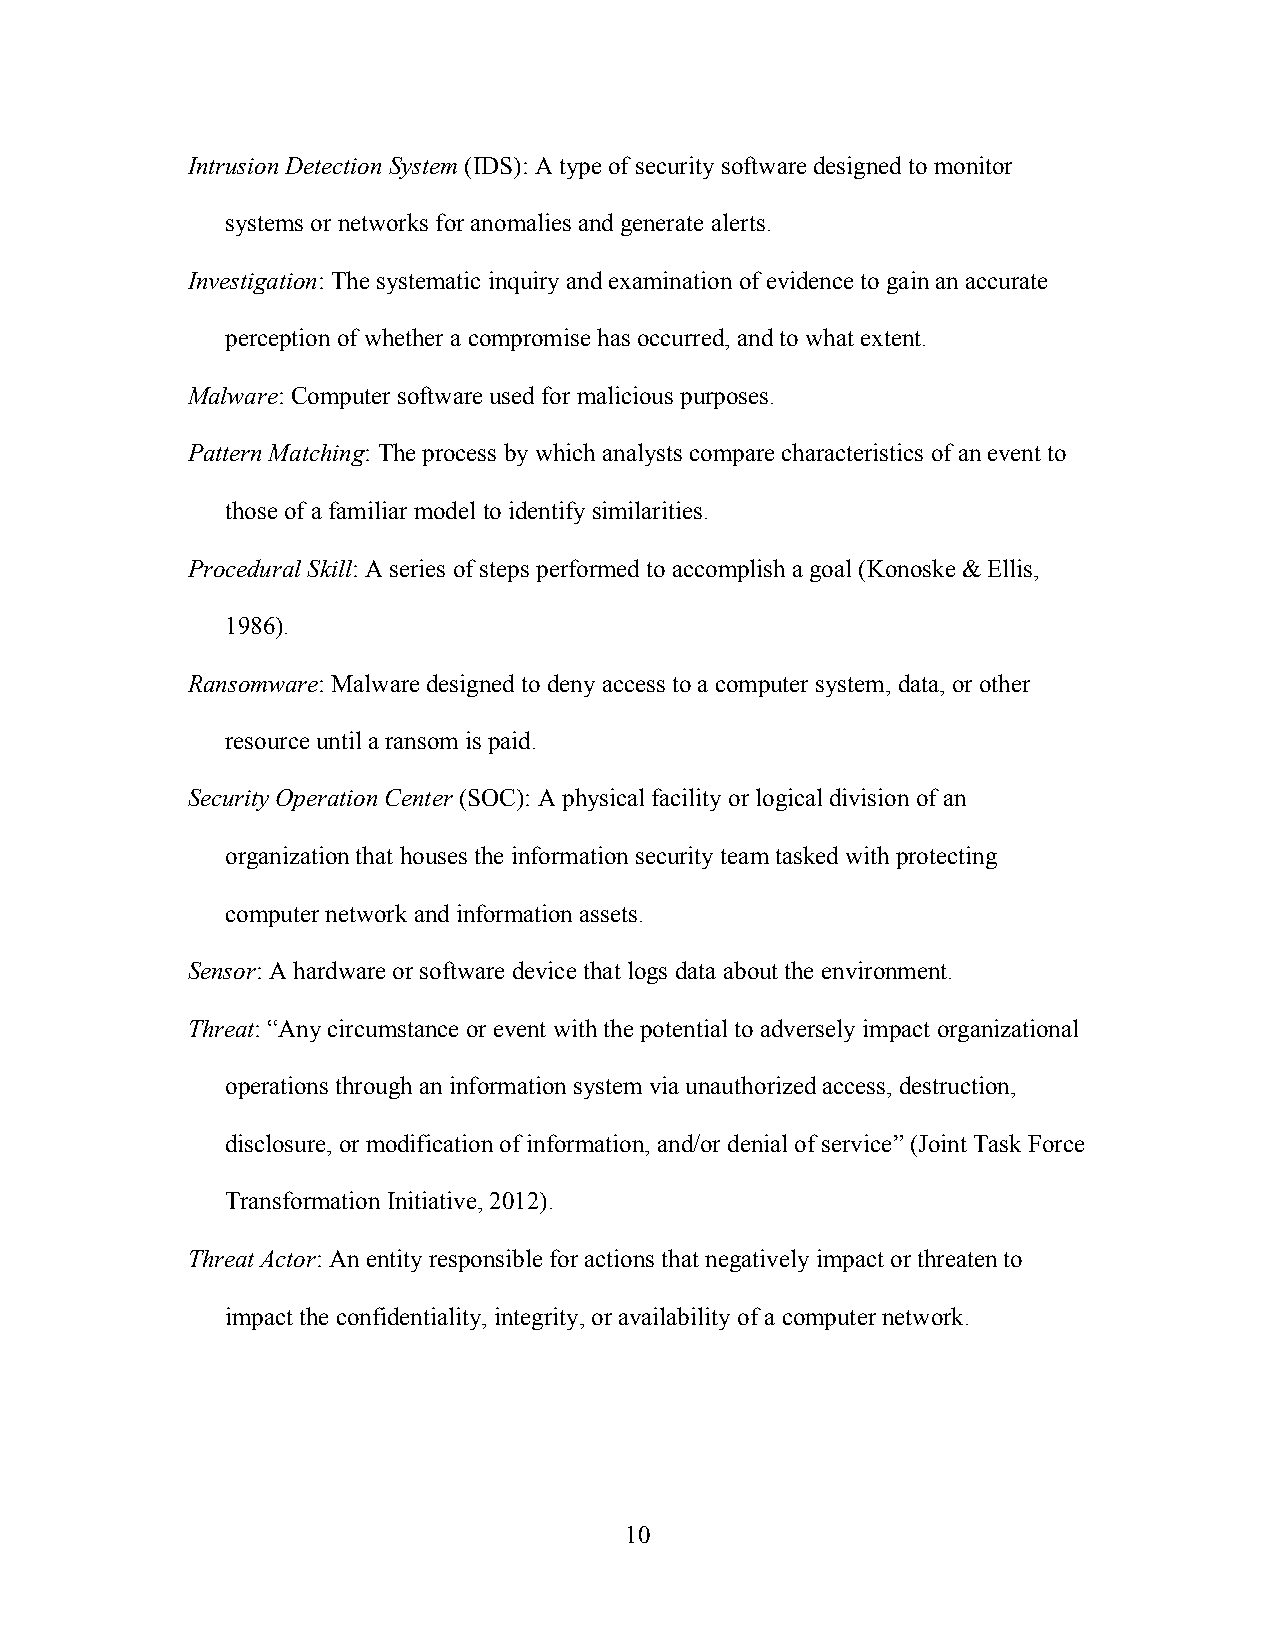
Intrusion Detection System (IDS): A type of security software designed to monitor
 systems or networks for anomalies and generate alerts.
 Investigation: The systematic inquiry and examination of evidence to gain an accurate
 perception of whether a compromise has occurred, and to what extent.
 Malware: Computer software used for malicious purposes.
 Pattern Matching: The process by which analysts compare characteristics of an event to
 those of a familiar model to identify similarities.
 Procedural Skill: A series of steps performed to accomplish a goal (Konoske & Ellis,
 1986).
 Ransomware: Malware designed to deny access to a computer system, data, or other
 resource until a ransom is paid.
 Security Operation Center (SOC): A physical facility or logical division of an
 organization that houses the information security team tasked with protecting
 computer network and information assets.
 Sensor: A hardware or software device that logs data about the environment.
 Threat: “Any circumstance or event with the potential to adversely impact organizational
 operations through an information system via unauthorized access, destruction,
 disclosure, or modification of information, and/or denial of service” (Joint Task Force
 Transformation Initiative, 2012).
 Threat Actor: An entity responsible for actions that negatively impact or threaten to
 impact the confidentiality, integrity, or availability of a computer network.
 10